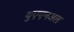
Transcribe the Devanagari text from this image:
युएएनअल